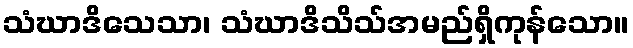
သံဃာဒိသေသာ၊ သံဃာဒိသိသ်အမည်ရှိကုန်သော။